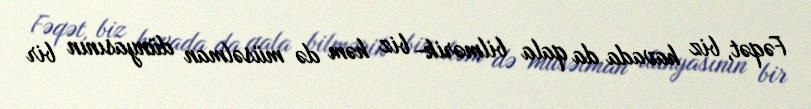
Fəqət, biz havada da qala bilmərik- biz həm də müsəlman dünyasının bir